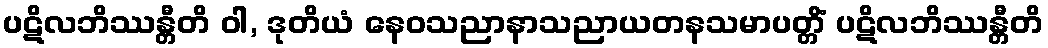
ပဋိလဘိဿန္တီတိ ဝါ, ဒုတိယံ နေဝသညာနာသညာယတနသမာပတ္တိံ ပဋိလဘိဿန္တီတိ